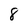
Character: 8